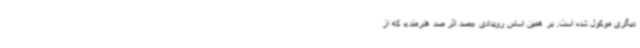
دیگری موکول شده است. بر همین اساس رویدادی «صد اثر صد هنرمند» که از